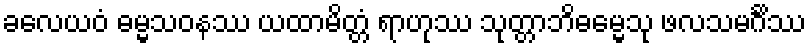
ခလေယဝံ ဓမ္မသဝနဿ ယထာမိတ္တံ ရာဟုဿ သုတ္တာဘိဓမ္မေသု ဖလသမင်္ဂိဿ